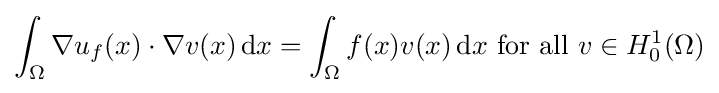
\int _{\Omega }\nabla u_{f}(x)\cdot \nabla v(x)\,\mathrm {d} x=\int _{\Omega }f(x)v(x)\,\mathrm {d} x{\mbox{ for all }}v\in H_{0}^{1}(\Omega )